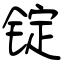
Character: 锭